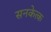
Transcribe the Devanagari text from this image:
सनकेत्क